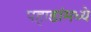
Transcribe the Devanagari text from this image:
पहाडांमध्ये